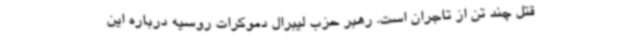
قتل چند تن از تاجران است. رهبر حزب لیبرال دموکرات روسیه درباره این